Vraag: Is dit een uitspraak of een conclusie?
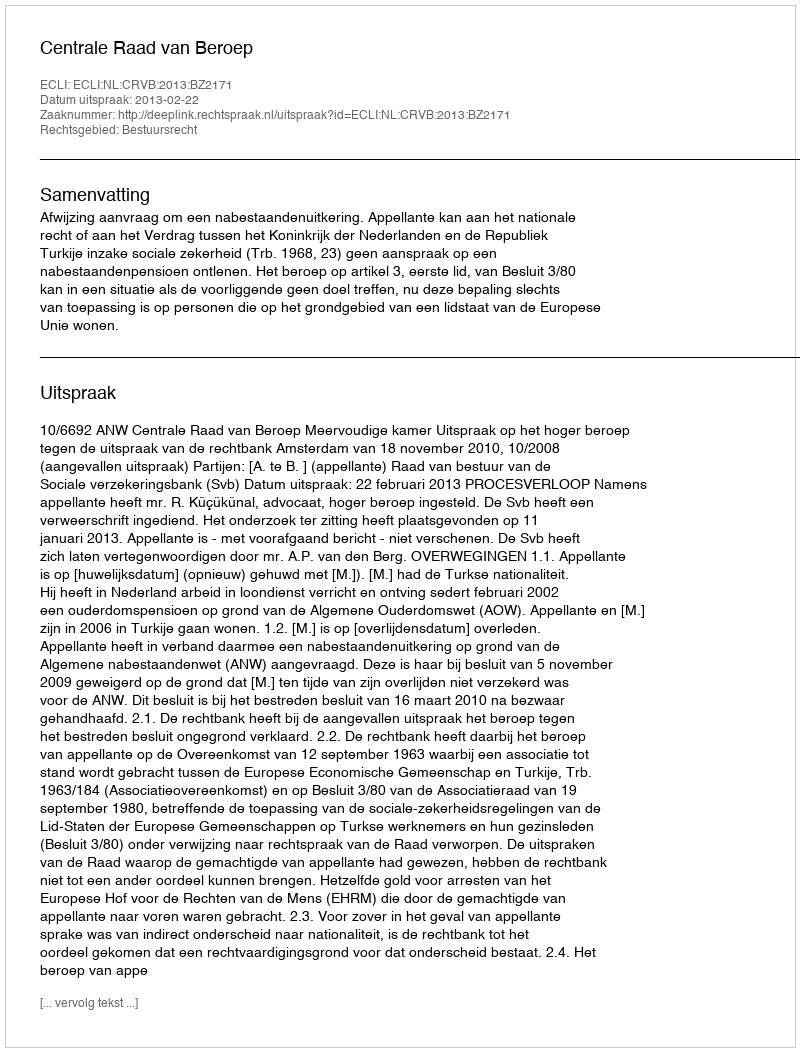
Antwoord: Uitspraak